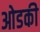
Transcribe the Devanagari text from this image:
ओडकी